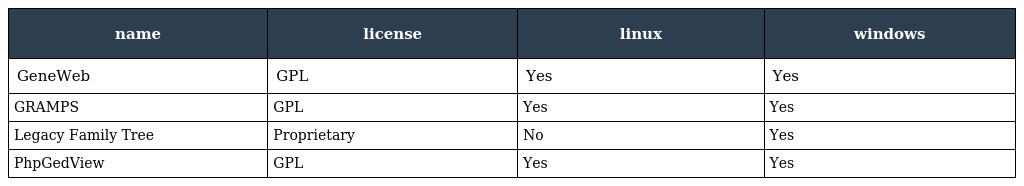
| name | license | linux | windows |
 | --- | --- | --- | --- |
 | GeneWeb | GPL | Yes | Yes |
 | GRAMPS | GPL | Yes | Yes |
 | Legacy Family Tree | Proprietary | No | Yes |
 | PhpGedView | GPL | Yes | Yes |